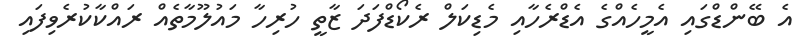
އެ ބޭންޑްގައި އެމީހެއްގެ އެޑްރެހާއި މެޑިކަލް ރެކޯޑްފަދަ ޒާތީ ހުރިހާ މައުލޫމާތެއް ރައްކާކުރެވިފައި